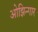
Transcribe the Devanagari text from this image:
ओझिन्गार